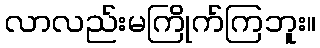
လာလည်းမကြိုက်ကြဘူး။